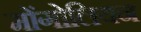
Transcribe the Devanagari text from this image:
मोंगोलियन